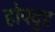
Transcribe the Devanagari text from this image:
होपवुड